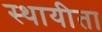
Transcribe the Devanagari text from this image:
स्थायीता